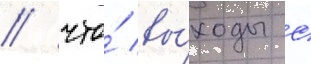
/ что́ вы́ходы с